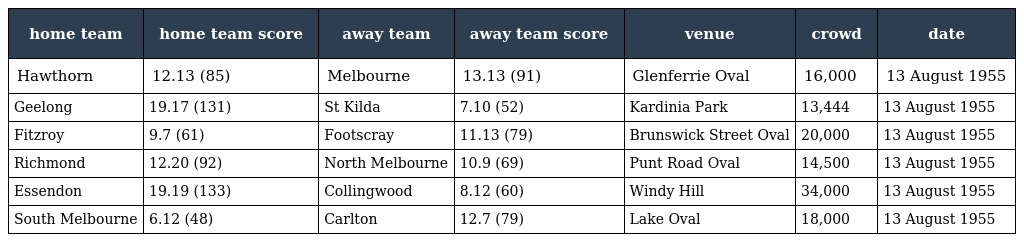
| home team | home team score | away team | away team score | venue | crowd | date |
 | --- | --- | --- | --- | --- | --- | --- |
 | Hawthorn | 12.13 (85) | Melbourne | 13.13 (91) | Glenferrie Oval | 16,000 | 13 August 1955 |
 | Geelong | 19.17 (131) | St Kilda | 7.10 (52) | Kardinia Park | 13,444 | 13 August 1955 |
 | Fitzroy | 9.7 (61) | Footscray | 11.13 (79) | Brunswick Street Oval | 20,000 | 13 August 1955 |
 | Richmond | 12.20 (92) | North Melbourne | 10.9 (69) | Punt Road Oval | 14,500 | 13 August 1955 |
 | Essendon | 19.19 (133) | Collingwood | 8.12 (60) | Windy Hill | 34,000 | 13 August 1955 |
 | South Melbourne | 6.12 (48) | Carlton | 12.7 (79) | Lake Oval | 18,000 | 13 August 1955 |